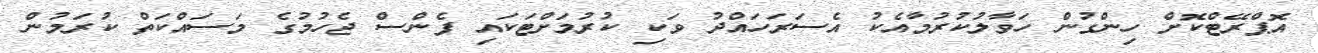
އޮޕްރޭޓްކޮށް ހިންގުން ހަވާލުކުރުމާއެކު އެސަރަހައްދު ވަކި ކުރުމަށްޓަކައި ފެންސް ޖެހުމުގެ މަސައްކަތް ކުރަމުން